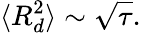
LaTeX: \langle R_{d}^{2}\rangle\sim{\sqrt{\tau}}.